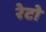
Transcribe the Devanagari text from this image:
रेटो